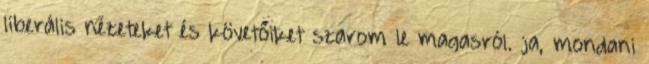
liberális nézeteket és követőiket szarom le magasról. ja, mondani